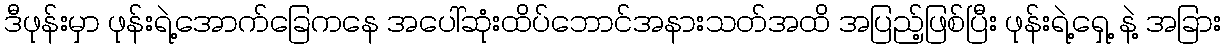
ဒီဖုန်းမှာ ဖုန်းရဲ့အောက်ခြေကနေ အပေါ်ဆုံးထိပ်ဘောင်အနားသတ်အထိ အပြည့်ဖြစ်ပြီး ဖုန်းရဲ့ရှေ့ နဲ့ အခြား